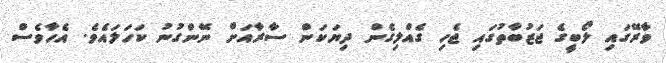
ވާރޭގައި ލޯބީގެ ޖަޒުބާތުގައި ޖެހި ގެއްލިގެން ދިޔަކަން ސާރާއަށް ނޭންގުނު ކަހަލައެވެ. އެހާވެސް